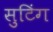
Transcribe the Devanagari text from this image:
सुटिंग